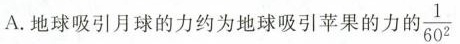
A.地球吸引月球的力约为地球吸引苹果的力的 \frac{1}{60^{2}}